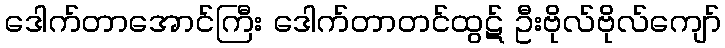
ဒေါက်တာအောင်ကြီး ဒေါက်တာတင်ထွဋ် ဦးဗိုလ်ဗိုလ်ကျော်